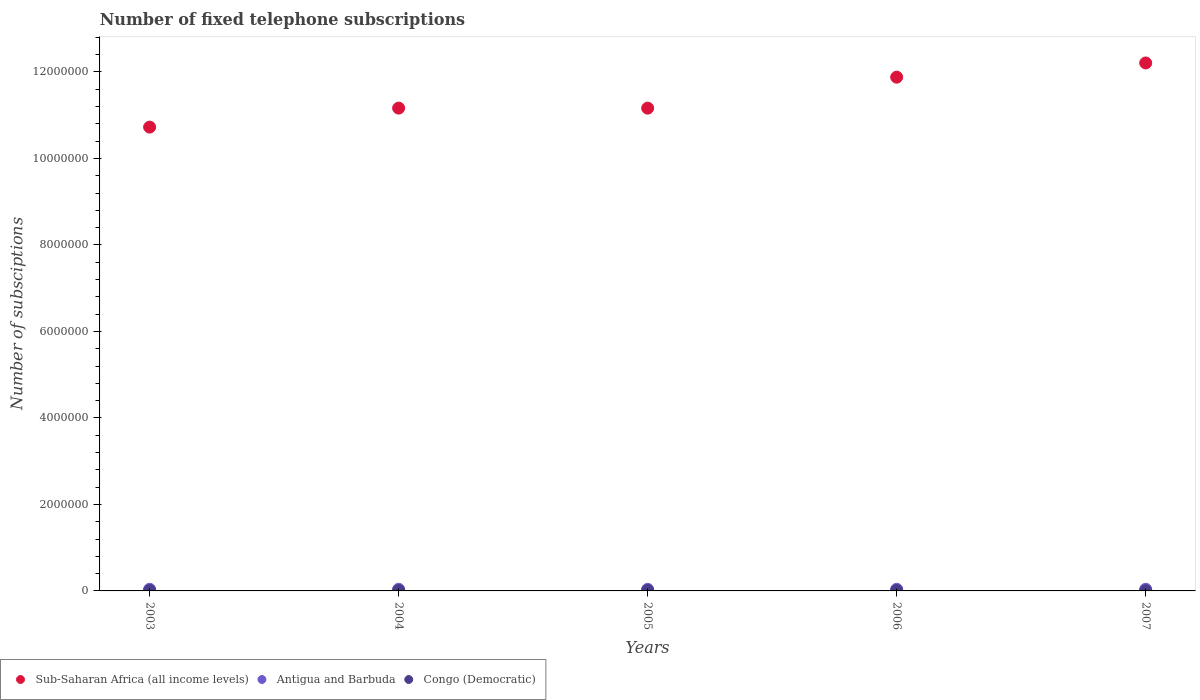
| Years | Sub-Saharan Africa (all income levels) | Antigua and Barbuda | Congo (Democratic) |
 | --- | --- | --- | --- |
 | 2003 | 1.07e+07 | 3.8e+04 | 9.73e+03 |
 | 2004 | 1.12e+07 | 3.8e+04 | 1.05e+04 |
 | 2005 | 1.12e+07 | 3.65e+04 | 1.06e+04 |
 | 2006 | 1.19e+07 | 3.75e+04 | 9.7e+03 |
 | 2007 | 1.22e+07 | 3.79e+04 | 3.5e+03 |